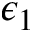
\epsilon _ { 1 }